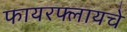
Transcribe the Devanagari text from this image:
फायरफ्लायचे